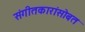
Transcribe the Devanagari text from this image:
संगीतकारांसोबत